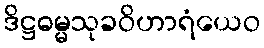
ဒိဋ္ဌဓမ္မသုခဝိဟာရံယေဝ